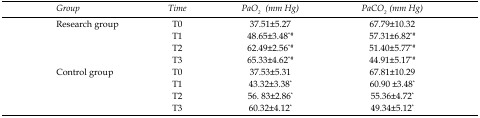
| Group | Time | PaO2 (mm Hg) | PaCO2 (mm Hg) |
 | --- | --- | --- | --- |
 | <ROWSPAN=4> Research group | T0 | 37.51±5.27 | 67.79±10.32 |
 | T1 | 48.65±3.48*# | 57.31±6.82*# |
 | T2 | 62.49±2.56*# | 51.40±5.77*# |
 | T3 | 65.33±4.62*# | 44.91±5.17*# |
 | <ROWSPAN=4> Control group | T0 | 37.53±5.31 | 67.81±10.29 |
 | T1 | 43.32±3.38* | 60.90 ±3.48* |
 | T2 | 56. 83±2.86* | 55.36±4.72* |
 | T3 | 60.32±4.12* | 49.34±5.12* |